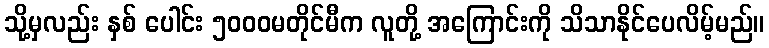
သို့မှလည်း နှစ် ပေါင်း ၅၀၀၀မတိုင်မီက လူတို့ အကြောင်းကို သိသာနိုင်ပေလိမ့်မည်။